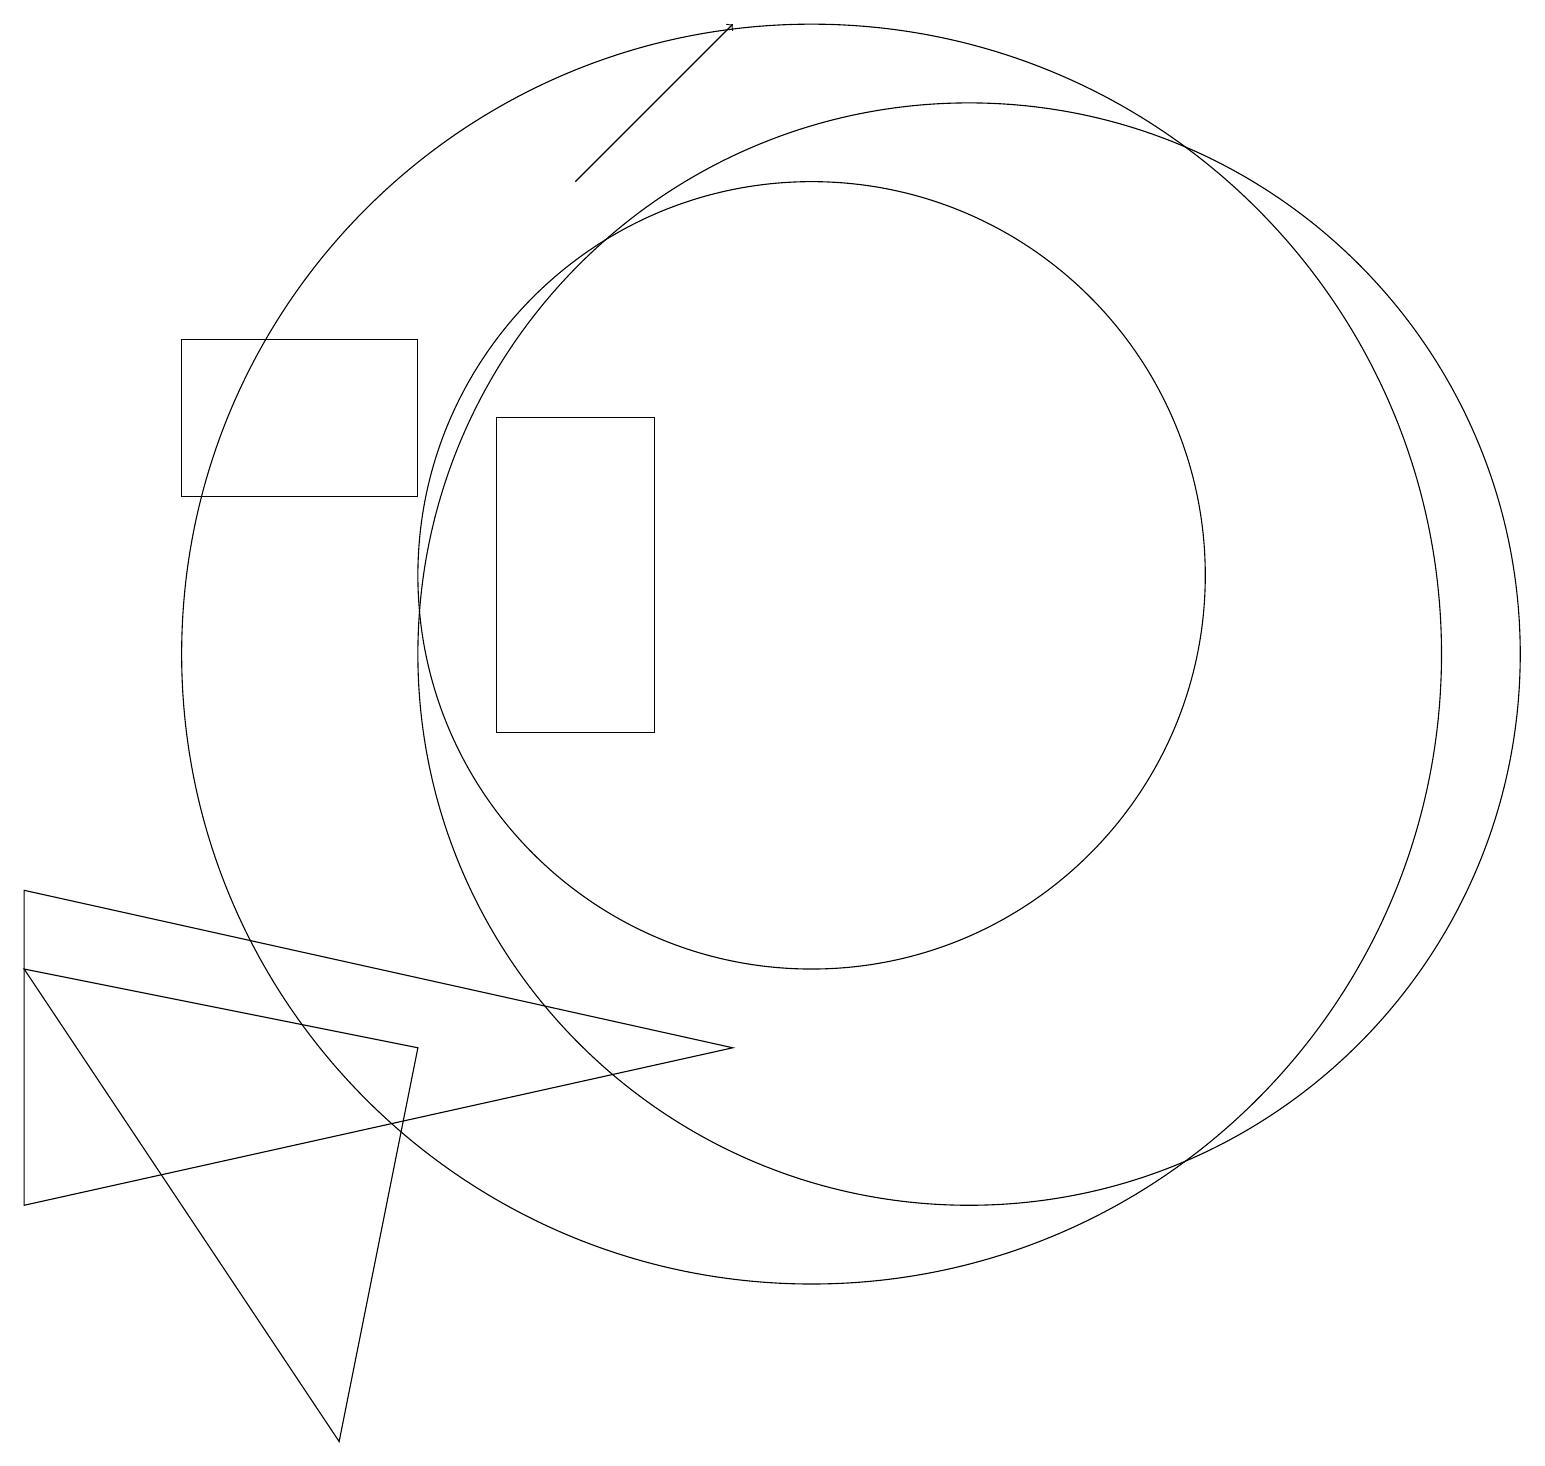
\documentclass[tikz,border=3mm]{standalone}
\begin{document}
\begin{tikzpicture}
\draw (6,14) rectangle (8,10);
\draw[->] (7,17) -- (9,19);
\draw (10,11) circle (8);
\draw (9,6) -- (0,8) -- (0,4) -- cycle;
\draw (5,6) -- (0,7) -- (4,1) -- cycle;
\draw (12,11) circle (7);
\draw (2,15) rectangle (5,13);
\draw (10,12) circle (5);
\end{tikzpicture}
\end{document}